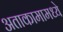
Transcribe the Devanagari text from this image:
अताकामामध्ये